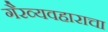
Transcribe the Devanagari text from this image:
गैरव्यवहाराचा